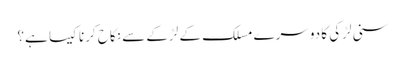
سنی لڑکی کا دوسرے مسلک کے لڑکے سے نکاح کرنا کیسا ہے؟